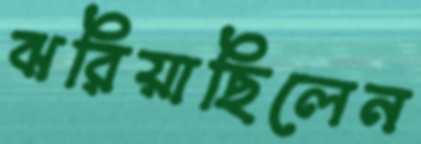
ঝরিয়াছিলেন